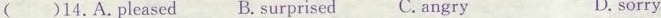
( )14.A.Pleased B.Surprised C. Angry D. sorry